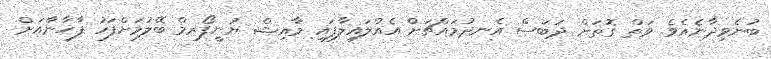
ބުނެވިދާނެއެވެ. ވަތް ގޮތަށް ދަބަސް އެނދުމައްޗަށް އެއްލައިލާފައި މާއިޝް ޔުނީފޯރމް ބޭލުމަށްފަހު ފާޚާނާއަށް